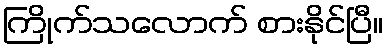
ကြိုက်သလောက် စားနိုင်ပြီ။